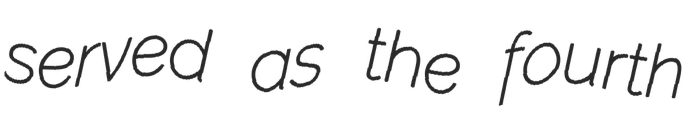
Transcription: served as the fourth